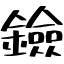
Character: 鐱